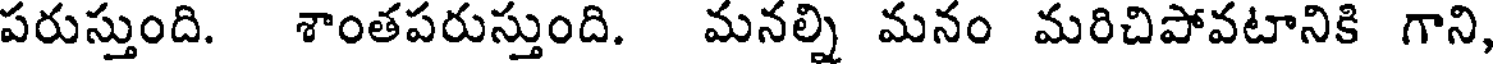
పరుస్తుంది. శాంతపరుస్తుంది. మనల్ని మనం మరిచిపోవటానికి గాని,